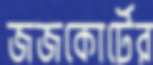
জজকোর্টের